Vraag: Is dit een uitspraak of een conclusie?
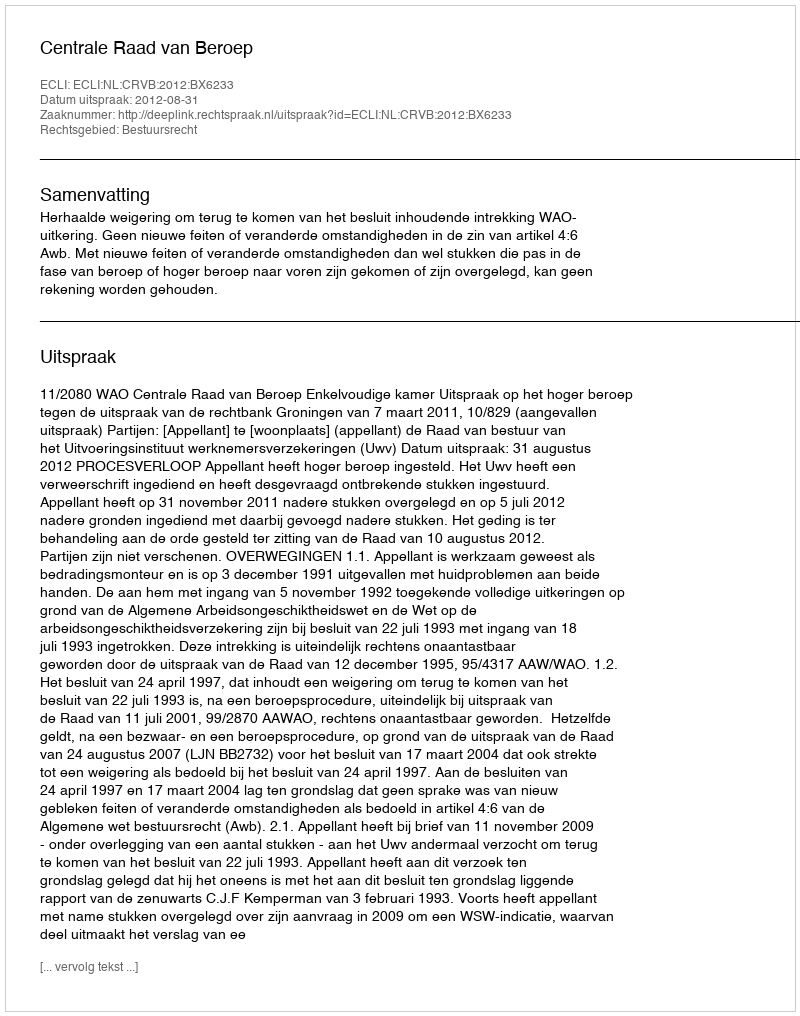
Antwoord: Uitspraak